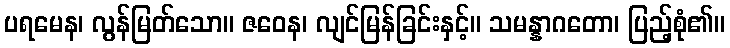
ပရမေန၊ လွန်မြတ်သော။ ဇဝေန၊ လျင်မြန်ခြင်းနှင့်။ သမန္နာဂတော၊ ပြည့်စုံ၏။